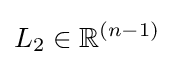
L_{2}\in \mathbb {R} ^{(n-1)}